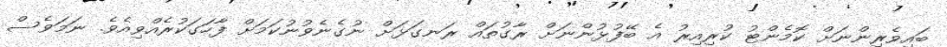
ބައިވެރިންނަށް ކޮމެންޓު ކުރިއިރު އެ ބޭފުޅުންނަށް ރާގުތައް ރަނގަޅަށް ނުގެނެވުނުކަމަށް ފާހަގަކުރެއްވިއެވެ. ނަމަވެސް